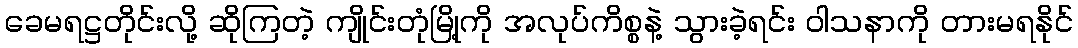
ခေမရဋ္ဌတိုင်းလို့ ဆိုကြတဲ့ ကျိုင်းတုံမြို့ကို အလုပ်ကိစ္စနဲ့ သွားခဲ့ရင်း ဝါသနာကို တားမရနိုင်